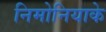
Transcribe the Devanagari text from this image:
निमोनियाके